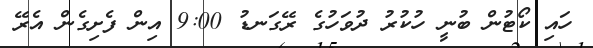
ހައި ކޯޓުން ބުނީ ހުކުރު ދުވަހުގެ ރޭގަނޑު 9:00 އިން ފެށިގެން އެރޭ